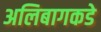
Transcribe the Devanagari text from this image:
अलिबागकडे